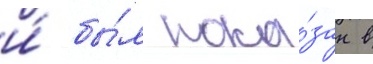
и́ бы́л пока́зан в